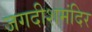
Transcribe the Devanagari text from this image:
जगदीशमंदिर